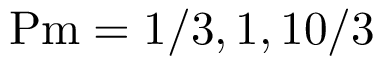
\mathrm { P m } = 1 / 3 , 1 , 1 0 / 3